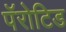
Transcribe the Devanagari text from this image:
पॅरोटिड